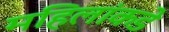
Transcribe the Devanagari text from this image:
महिलांकडे